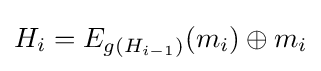
H_{i}=E_{g(H_{i-1})}(m_{i})\oplus m_{i}